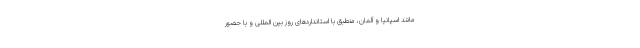
مانند اسپانیا و آلمان، منطبق با استانداردهای روز بین المللی و با حضور